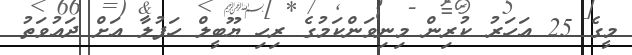
މީގެ 25 އަހަރު ކުރިން މިނިވަންކަމުގެ ރިހި ޔޫބީލް ހަފުލާ އަށް ދައުވަތު